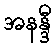
အနန္ဒီ